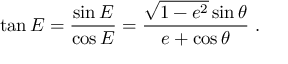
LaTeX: \tan E = { \frac { \sin E } { \cos E } } = { \frac { { \sqrt { 1 - e ^ { 2 } } } \sin \theta } { e + \cos \theta } } \ .